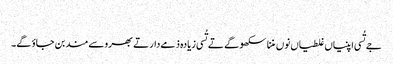
‏
جے تُسی اپنیاں غلطیاں نوں مننا سکھو گے تے تُسی زیادہ ذمےدار تے بھروسےمند بن جاؤ گے۔